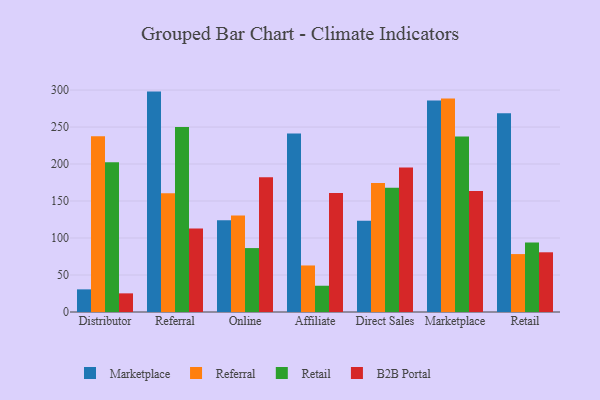
{"axis": {"x": "Channel", "y": "Production Output"}, "legend": ["B2B Portal", "Marketplace", "Referral", "Retail"], "data": [{"x": "Distributor", "y": 30.6, "type": "Marketplace"}, {"x": "Distributor", "y": 237.4, "type": "Referral"}, {"x": "Distributor", "y": 202.5, "type": "Retail"}, {"x": "Distributor", "y": 25.2, "type": "B2B Portal"}, {"x": "Referral", "y": 297.9, "type": "Marketplace"}, {"x": "Referral", "y": 160.6, "type": "Referral"}, {"x": "Referral", "y": 250.0, "type": "Retail"}, {"x": "Referral", "y": 112.8, "type": "B2B Portal"}, {"x": "Online", "y": 124.0, "type": "Marketplace"}, {"x": "Online", "y": 130.4, "type": "Referral"}, {"x": "Online", "y": 86.4, "type": "Retail"}, {"x": "Online", "y": 182.2, "type": "B2B Portal"}, {"x": "Affiliate", "y": 241.2, "type": "Marketplace"}, {"x": "Affiliate", "y": 62.9, "type": "Referral"}, {"x": "Affiliate", "y": 35.5, "type": "Retail"}, {"x": "Affiliate", "y": 160.7, "type": "B2B Portal"}, {"x": "Direct Sales", "y": 123.2, "type": "Marketplace"}, {"x": "Direct Sales", "y": 174.3, "type": "Referral"}, {"x": "Direct Sales", "y": 167.9, "type": "Retail"}, {"x": "Direct Sales", "y": 195.4, "type": "B2B Portal"}, {"x": "Marketplace", "y": 285.9, "type": "Marketplace"}, {"x": "Marketplace", "y": 288.5, "type": "Referral"}, {"x": "Marketplace", "y": 237.2, "type": "Retail"}, {"x": "Marketplace", "y": 163.4, "type": "B2B Portal"}, {"x": "Retail", "y": 268.5, "type": "Marketplace"}, {"x": "Retail", "y": 78.3, "type": "Referral"}, {"x": "Retail", "y": 93.8, "type": "Retail"}, {"x": "Retail", "y": 80.7, "type": "B2B Portal"}]}